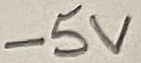
Text: -5V